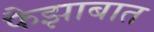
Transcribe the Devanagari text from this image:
फैझाबात